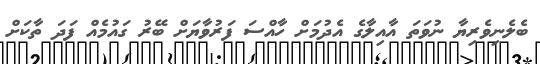
ބެލެނިވެރިޔާ ނުވަތަ އާއިލާގެ އެދުމަށް ހާއްސަ ފަރުވާޔަށް ބޭރު ގައުމެއް ފަދަ ތާކަށް